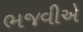
ભજવીએ